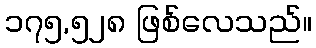
၁၇၅,၅၂၈ ဖြစ်လေသည်။